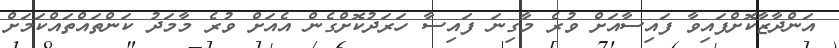
އަންދާޒާކޮށްފައިވާ ފައިސާއަށް ވުރެ މާގިނަ ފައިސާ ހަރަދުކޮށްގެން އެއަށް ވުރެ މާމަދު ކަންތައްތައްކަމަށް